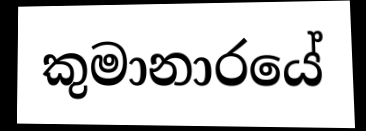
කුමානාරයේ